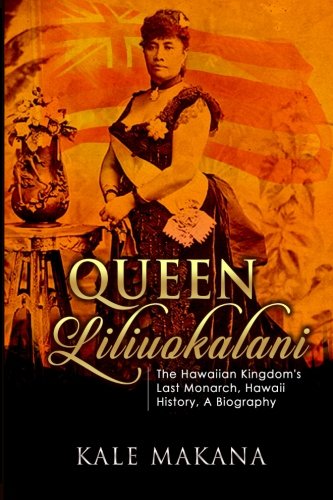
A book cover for Queen Liliuokalani: The Hawaiian Kingdom's Last Monarch, Hawaii History, A Biography; Kale Makana; History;